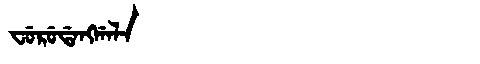
Manchu: ᠸᡠᡵᡠᡩᠠᠩᡤᠠᠯᠠ
Romanization: FURUDANGGALA